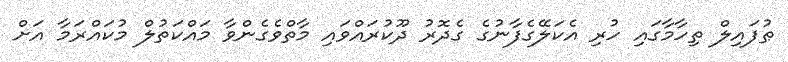
ޠުފައިލް ތިހާމާގައި ހުރި އެކަލޭގެފާނުގެ ގެދޮރު ދޫކުރައްވައި މާތްވެގެންވާ މައްކަތުލް މުކައްރަމާ އަށް